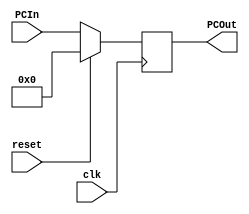
module ProgramCounter(clk, reset, PCIn, PCOut);

	input clk;
	input reset;
	input [31:0]PCIn;
	output reg [31:0]PCOut; 

	always @(posedge clk)
	begin
		if (reset)
			PCOut = 0;
		else 
			PCOut = PCIn;
		
	end

endmodule